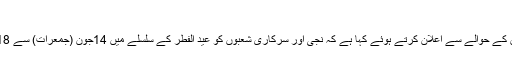
عید کی چھٹیوں کا اعلان - Khouj News
اومان کی حکومت نے عید الفطر کی چھُٹیوں کے حوالے سے اعلان کرتے ہوئے کہا ہے کہ نجی اور سرکاری شعبوں کو عید الفطر کے سلسلے میں 14جُون (جمعرات) سے 18جُون (سوموار) تک چھُٹیاں دی جا رہی ہیں۔